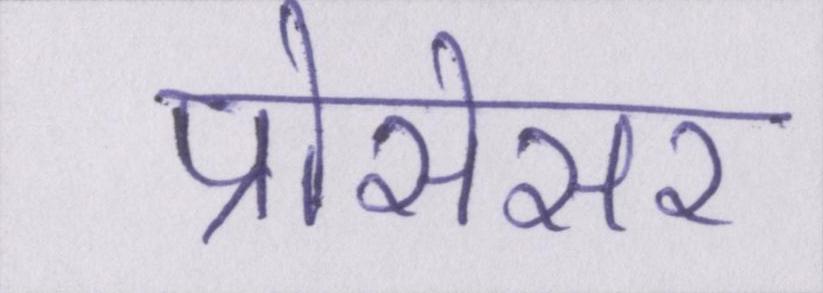
प्रोसेसर